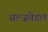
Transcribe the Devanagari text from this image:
सल्जवेडल